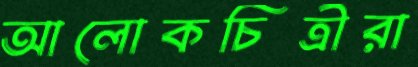
আলোকচিত্রীরা